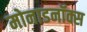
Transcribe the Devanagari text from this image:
मोनाडनॉक्स